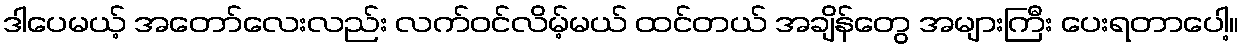
ဒါပေမယ့် အတော်လေးလည်း လက်ဝင်လိမ့်မယ် ထင်တယ် အချိန်တွေ အများကြီး ပေးရတာပေါ့။